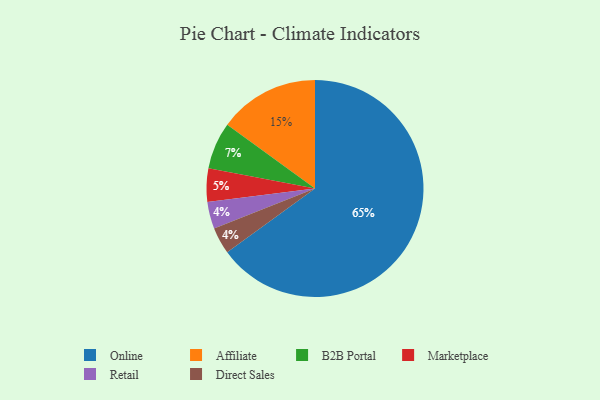
{"axis": {"x": "Category", "y": "Percentage"}, "legend": ["Affiliate", "B2B Portal", "Direct Sales", "Marketplace", "Online", "Retail"], "data": [{"x": "Retail", "y": 4, "type": "Retail"}, {"x": "Marketplace", "y": 5, "type": "Marketplace"}, {"x": "B2B Portal", "y": 7, "type": "B2B Portal"}, {"x": "Direct Sales", "y": 4, "type": "Direct Sales"}, {"x": "Online", "y": 65, "type": "Online"}, {"x": "Affiliate", "y": 15, "type": "Affiliate"}]}